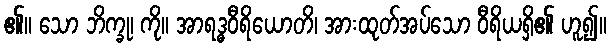
၏။ သော ဘိက္ခု၊ ကို။ အာရဒ္ဓဝီရိယောတိ၊ အားထုတ်အပ်သော ဝီရိယရှိ၏ ဟူ၍။